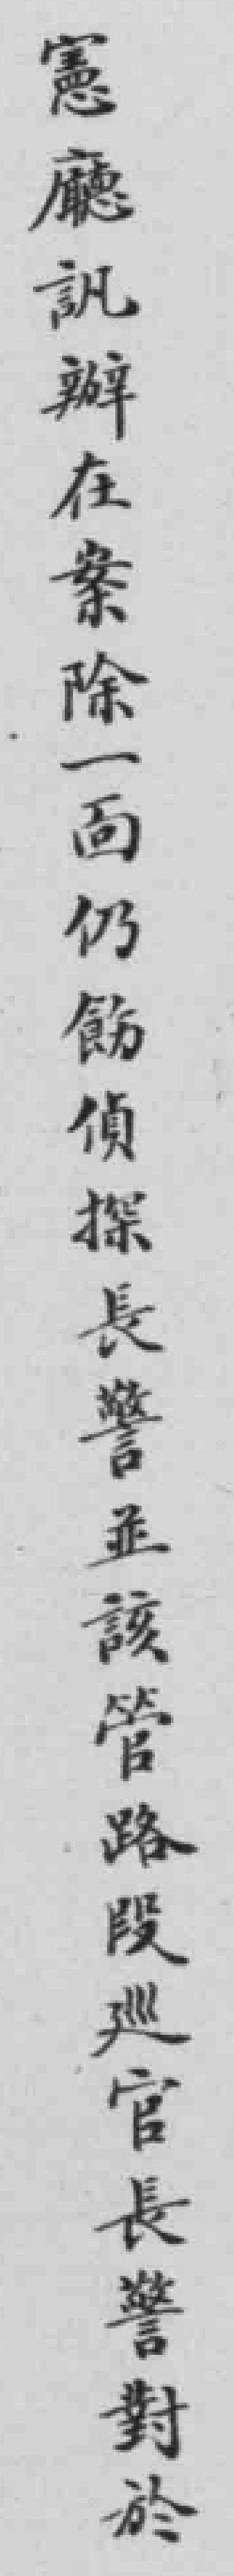
憲廳訊辦在案除一靣仍飭偵探長警並該管路段廵官長警對於